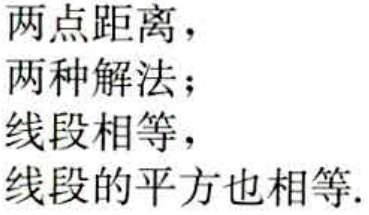
两点距离，
两种解法；
线段相等，
线段的平方也相等.